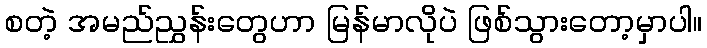
စတဲ့ အမည်ညွှန်းတွေဟာ မြန်မာလိုပဲ ဖြစ်သွားတော့မှာပါ။